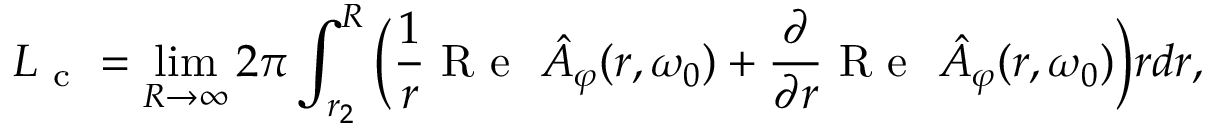
L _ { \mathrm { ~ c ~ } } = \operatorname* { l i m } _ { R \rightarrow \infty } 2 \pi \int _ { r _ { 2 } } ^ { R } \bigg ( \frac { 1 } { r } \mathrm { ~ R ~ e ~ } \ \hat { A } _ { \varphi } ( r , \omega _ { 0 } ) + \frac { \partial } { \partial r } \mathrm { ~ R ~ e ~ } \ \hat { A } _ { \varphi } ( r , \omega _ { 0 } ) \bigg ) r d r ,